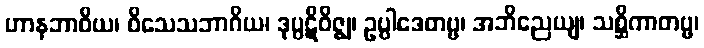
ဟာနဘာဝိယ၊ ဝိသေသဘာဂိယ၊ ဒုပ္ပဋိဝိဇ္ဈ၊ ဥပ္ပါဒေတဗ္ဗ၊ အဘိညေယျ၊ သစ္ဆိကာတဗ္ဗ၊